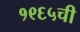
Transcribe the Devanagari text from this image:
१९६५ची